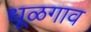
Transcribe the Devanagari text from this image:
धूळगाव